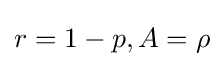
r=1-p,A=\rho